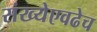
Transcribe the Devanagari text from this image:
संख्येएवढेच